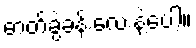
ဓာတ်ခွဲခန်းလေးနဲ့ပေါ့။